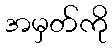
အမှတ်ကို